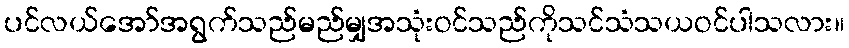
ပင်လယ်အော်အရွက်သည်မည်မျှအသုံးဝင်သည်ကိုသင်သံသယဝင်ပါသလား။